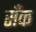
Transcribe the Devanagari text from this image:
सँक